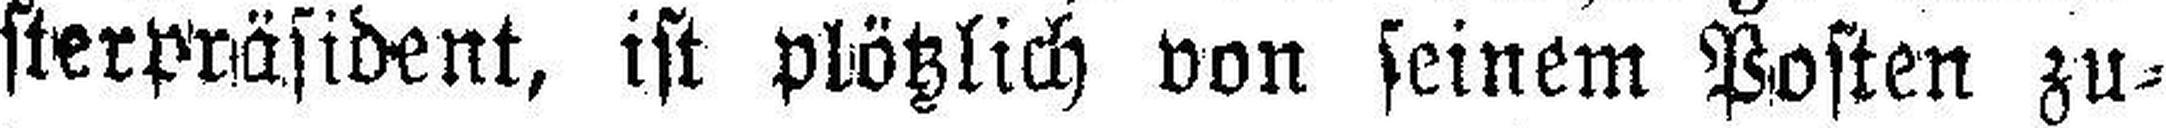
sterpräsident, ist plötzlich von seinem Posten zu¬